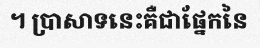
។ ប្រាសាទនេះគឺជាផ្នែកនៃ